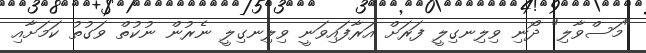
"މަސްވާލި" ދޯނި ވިލިނގިލީ ފަރަށް އަރާފައިވަނީ ވިލިނގިލީ ނެރުން ނުކުތް ވަގުތު ކަމަށާއި